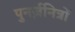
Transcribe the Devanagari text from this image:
पुनर्ज़नित्रों